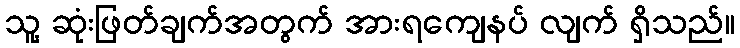
သူ့ ဆုံးဖြတ်ချက်အတွက် အားရကျေနပ် လျက် ရှိသည်။